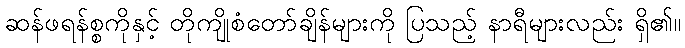
ဆန်ဖရန်စ္စကိုနှင့် တိုကျိုစံတော်ချိန်များကို ပြသည့် နာရီများလည်း ရှိ၏။